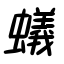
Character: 蟻